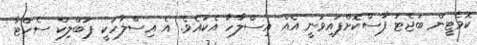
ކޮމެޓީން ބަޖެޓު ފާސްކޮށްފައިވަނީ އެއް އިސްލާހާ އެކުއެވެ. އެ އިސްލާހަކީ ޕަބްލިކް ސެކްޓާ